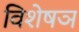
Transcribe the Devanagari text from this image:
विशेषञ